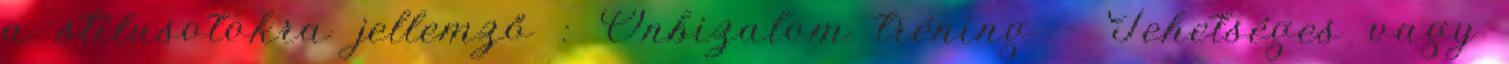
a stílusotokra jellemző : Önbizalom tréning - Tehetséges vagy